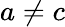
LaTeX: a\neq c